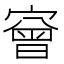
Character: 𡪠